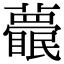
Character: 𥌱